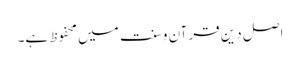
اصل دین قرآن وسنت میں محفوظ ہے۔